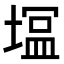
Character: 𭏛